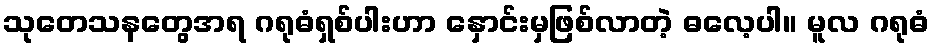
သုတေသနတွေအရ ဂရုဓံရှစ်ပါးဟာ နှောင်းမှဖြစ်လာတဲ့ ဓလေ့ပါ။ မူလ ဂရုဓံ